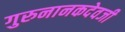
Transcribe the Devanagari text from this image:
गुरुनानकदेवजी